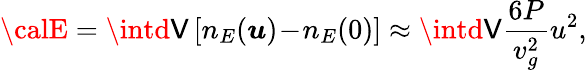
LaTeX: {\calE}=\intd\mathsf{V}\left[n_{E}(\boldsymbol{u})\! -\! n_{E}(0)\right]\approx\intd\mathsf{V}\frac{{6P}}{{v_{g}^{2}}}u^{2},